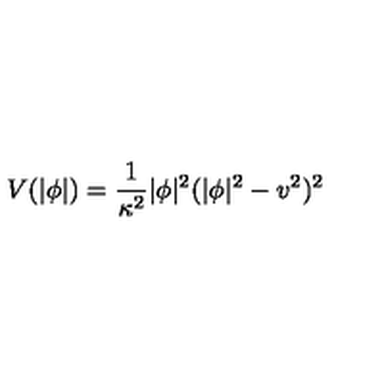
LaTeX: V ( | \phi | ) = \frac { 1 } { \kappa ^ { 2 } } | \phi | ^ { 2 } ( | \phi | ^ { 2 } - v ^ { 2 } ) ^ { 2 }